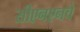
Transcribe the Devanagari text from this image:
सीएनएनचे